Indian journal of veterinary science and animal husbandry - Volumes 24-25, 1954-1955
Year: 1954
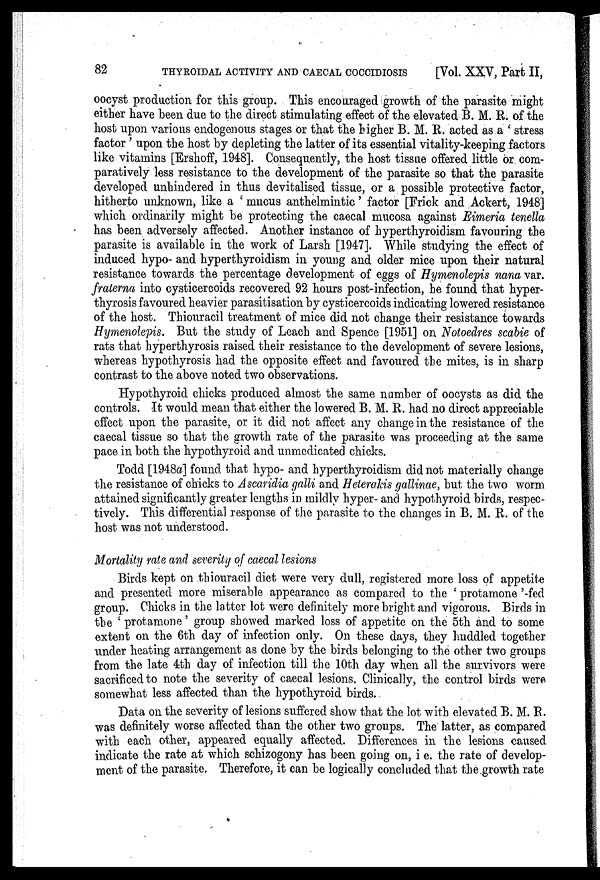
82
THYROIDAL ACTIVITY AND CAECAL COCCIDIOSIS
[Vol. XXV, Part II,
oocyst production for this group. This encouraged growth of the parasite might
either have been due to the direct stimulating effect of the elevated B. M. R. of the
host upon various endogenous stages or that the higher B. M. R. acted as a ' stress
factor ' upon the host by depleting the latter of its essential vitality-keeping factors
like vitamins [Ershoff, 1948]. Consequently, the host tissue offered little or com-
paratively less resistance to the development of the parasite so that the parasite
developed unhindered in thus devitalised tissue, or a possible protective factor,
hitherto unknown, like a ' mucus anthelmintic' factor [Frick and Ackert, 1948]
which ordinarily might be protecting the caecal mucosa against Eimeria tenella
has been adversely affected. Another instance of hyperthyroidism favouring the
parasite is available in the work of Larsh [1947]. While studying the effect of
induced hypo- and hyperthyroidism in young and older mice upon their natural
resistance towards the percentage development of eggs of Hymenolepis nana var.
fraterna into cysticercoids recovered 92 hours post-infection, he found that hyper-
thyrosis favoured heavier parasitisation by cysticercoids indicating lowered resistance
of the host. Thiouracil treatment of mice did not change their resistance towards
Hymenolepis. But the study of Leach and Spence [1951] on Notoedres scabie of
rats that hyperthyrosis raised their resistance to the development of severe lesions,
whereas hypothyrosis had the opposite effect and favoured the mites, is in sharp
contrast to the above noted two observations.
Hypothyroid chicks produced almost the same number of oocysts as did the
controls. It would mean that either the lowered B. M. R. had no direct appreciable
effect upon the parasite, or it did not affect any change in the resistance of the
caecal tissue so that the growth rate of the parasite was proceeding at the same
pace in both the hypothyroid and unmedicated chicks.
Todd [1948a] found that hypo- and hyperthyroidism did not materially change
the resistance of chicks to A scaridia galli and Heterakis gallinae, but the two worm
attained significantly greater lengths in mildly hyper- and hypothyroid birds, respec-
tively. This differential response of the parasite to the changes in B. M. E. of the
host was not understood.
Mortality rate and severity of caecal lesions
Birds kept on thiouracil diet were very dull, registered more loss of appetite
and presented more miserable appearance as compared to the ' protamone '-fed
group. Chicks in the latter lot were definitely more bright and vigorous. Birds in
the ' protamone' group showed marked loss of appetite on the 5th and to some
extent on the 6th day of infection only. On these days, they huddled together
under heating arrangement as done by the birds belonging to the other two groups
from the late 4th day of infection till the 10th day when all the survivors were
sacrificed to note the severity of caecal lesions. Clinically, the control birds were
somewhat less affected than the hypothyroid birds.
Data on the severity of lesions suffered show that the lot with elevated B. M. R.
was definitely worse affected than the other two groups. The latter, as compared
with each other, appeared equally affected. Differences in the lesions caused
indicate the rate at which schizogony has been going on, i e. the rate of develop-
ment of the parasite. Therefore, it can be logically concluded that the growth rate